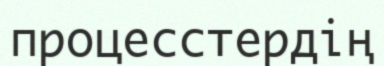
процесстердің